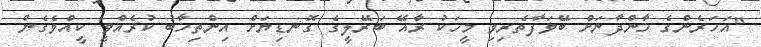
"އަހަރެންގެ ޚާންދާނަށް ބޭވަފާތެރިވި މީހަކު ރާއޭ ބަރޭލީގެ ގޮނޑިޔަށް އިންތިޚާބު ކުރެއްވީ ކީއްވެގެން